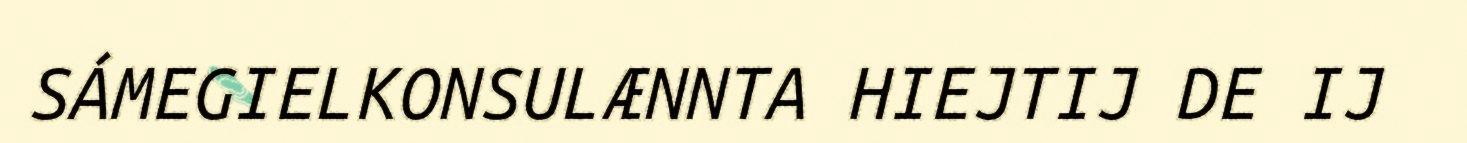
SÁMEGIELKONSULÆNNTA HIEJTIJ DE IJ